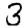
Digit: 3